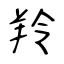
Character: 羚